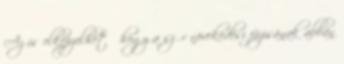
Az is elképzelhető hogy a szőr növekedési fázisának abban